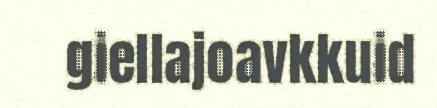
giellajoavkkuid